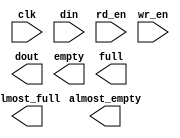
module LoopbackFIFO(
	clk,
	din,
	rd_en,
	wr_en,
	almost_empty,
	almost_full,
	dout,
	empty,
	full);


input clk;
input [35 : 0] din;
input rd_en;
input wr_en;
output almost_empty;
output almost_full;
output [35 : 0] dout;
output empty;
output full;

// synthesis translate_off

      FIFO_GENERATOR_V3_3 #(
		.C_COMMON_CLOCK(1),
		.C_COUNT_TYPE(0),
		.C_DATA_COUNT_WIDTH(9),
		.C_DEFAULT_VALUE("BlankString"),
		.C_DIN_WIDTH(36),
		.C_DOUT_RST_VAL("0"),
		.C_DOUT_WIDTH(36),
		.C_ENABLE_RLOCS(0),
		.C_FAMILY("virtex4"),
		.C_HAS_ALMOST_EMPTY(1),
		.C_HAS_ALMOST_FULL(1),
		.C_HAS_BACKUP(0),
		.C_HAS_DATA_COUNT(0),
		.C_HAS_MEMINIT_FILE(0),
		.C_HAS_OVERFLOW(0),
		.C_HAS_RD_DATA_COUNT(0),
		.C_HAS_RD_RST(0),
		.C_HAS_RST(0),
		.C_HAS_SRST(0),
		.C_HAS_UNDERFLOW(0),
		.C_HAS_VALID(0),
		.C_HAS_WR_ACK(0),
		.C_HAS_WR_DATA_COUNT(0),
		.C_HAS_WR_RST(0),
		.C_IMPLEMENTATION_TYPE(0),
		.C_INIT_WR_PNTR_VAL(0),
		.C_MEMORY_TYPE(1),
		.C_MIF_FILE_NAME("BlankString"),
		.C_OPTIMIZATION_MODE(0),
		.C_OVERFLOW_LOW(0),
		.C_PRELOAD_LATENCY(1),
		.C_PRELOAD_REGS(0),
		.C_PRIM_FIFO_TYPE("512x36"),
		.C_PROG_EMPTY_THRESH_ASSERT_VAL(2),
		.C_PROG_EMPTY_THRESH_NEGATE_VAL(3),
		.C_PROG_EMPTY_TYPE(0),
		.C_PROG_FULL_THRESH_ASSERT_VAL(510),
		.C_PROG_FULL_THRESH_NEGATE_VAL(509),
		.C_PROG_FULL_TYPE(0),
		.C_RD_DATA_COUNT_WIDTH(9),
		.C_RD_DEPTH(512),
		.C_RD_FREQ(100),
		.C_RD_PNTR_WIDTH(9),
		.C_UNDERFLOW_LOW(0),
		.C_USE_ECC(0),
		.C_USE_FIFO16_FLAGS(0),
		.C_VALID_LOW(0),
		.C_WR_ACK_LOW(0),
		.C_WR_DATA_COUNT_WIDTH(9),
		.C_WR_DEPTH(512),
		.C_WR_FREQ(100),
		.C_WR_PNTR_WIDTH(9),
		.C_WR_RESPONSE_LATENCY(1))
	inst (
		.CLK(clk),
		.DIN(din),
		.RD_EN(rd_en),
		.WR_EN(wr_en),
		.ALMOST_EMPTY(almost_empty),
		.ALMOST_FULL(almost_full),
		.DOUT(dout),
		.EMPTY(empty),
		.FULL(full),
		.BACKUP(),
		.BACKUP_MARKER(),
		.PROG_EMPTY_THRESH(),
		.PROG_EMPTY_THRESH_ASSERT(),
		.PROG_EMPTY_THRESH_NEGATE(),
		.PROG_FULL_THRESH(),
		.PROG_FULL_THRESH_ASSERT(),
		.PROG_FULL_THRESH_NEGATE(),
		.RD_CLK(),
		.RD_RST(),
		.RST(),
		.SRST(),
		.WR_CLK(),
		.WR_RST(),
		.DATA_COUNT(),
		.OVERFLOW(),
		.PROG_EMPTY(),
		.PROG_FULL(),
		.VALID(),
		.RD_DATA_COUNT(),
		.UNDERFLOW(),
		.WR_ACK(),
		.WR_DATA_COUNT(),
		.SBITERR(),
		.DBITERR());


// synthesis translate_on

// XST black box declaration
// box_type "black_box"
// synthesis attribute box_type of LoopbackFIFO is "black_box"

endmodule